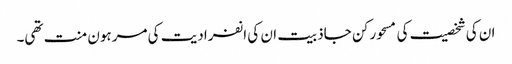
ان کی شخصیت کی مسحور کن جاذبیت ان کی انفرادیت کی مرہون منت تھی۔